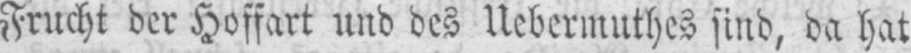
Frucht der Hoffart und des Uebermuthes sind, da hat